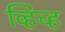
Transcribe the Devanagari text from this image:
व्हिच्ह